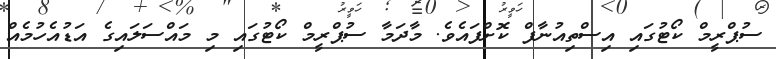
ސުޕްރީމް ކޯޓުގައި އިސްތިއުނާފް ކޮށްފައެވެ. މާދަމާ ސުޕްރީމް ކޯޓުގައި މި މައްސަލައިގެ އަޑުއެހުމެއް